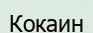
Кокаин